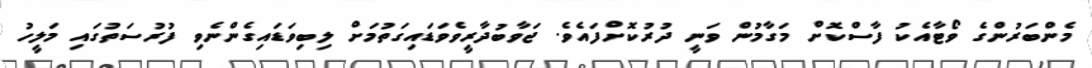
މެންބަރުންގެ ވޯޓާއެކު ފާސްކޮށް މަގާމުން ވަނީ ދުރުކޮށްފައެވެ. ޖަވާބުދާރީވެވަޑައިގަތުމަށް ލިބިވަޑައިގެންނެވި ފުރުސަތުގައި މަލީހު